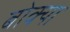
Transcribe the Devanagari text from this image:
बोक्‍या